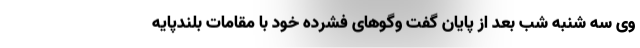
وی سه شنبه شب بعد از پایان گفت وگوهای فشرده خود با مقامات بلندپایه